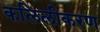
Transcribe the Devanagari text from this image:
कलिलीकरण